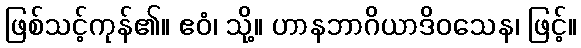
ဖြစ်သင့်ကုန်၏။ ဧဝံ၊ သို့။ ဟာနဘာဂိယာဒိဝသေန၊ ဖြင့်။